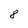
Character: 8